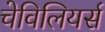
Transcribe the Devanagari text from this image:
चेविलियर्स